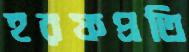
হরফপ্রতি